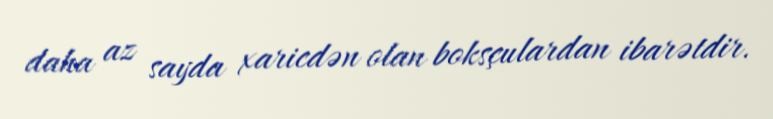
daha az sayda xaricdən olan boksçulardan ibarətdir.